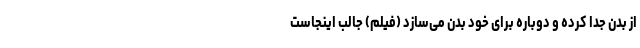
از بدن جدا کرده و دوباره برای خود بدن می‌سازد (فیلم) جالب اینجاست